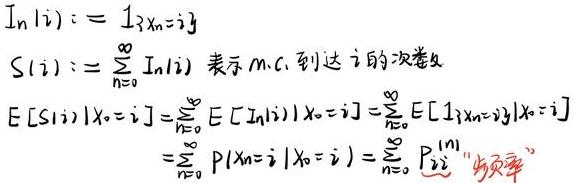
\[
\begin{align*}
In\vert i\rangle&:=1_{\{X_n = i\}}\\
S(i)&:=\sum_{n = 0}^{\infty}In\vert i\rangle \text{ 表示 m.c. 到达 } i \text{ 的次数}\\
E[S(i)\vert X_0 = i]&=\sum_{n = 0}^{\infty}E[In\vert i\rangle\vert X_0 = i]=\sum_{n = 0}^{\infty}E[1_{\{X_n = i\}}\vert X_0 = i]\\
&=\sum_{n = 0}^{\infty}P(X_n = i\vert X_0 = i)=\sum_{n = 0}^{\infty}P_{ii}^{(n)}\text{ “频率”}
\end{align*}
\]